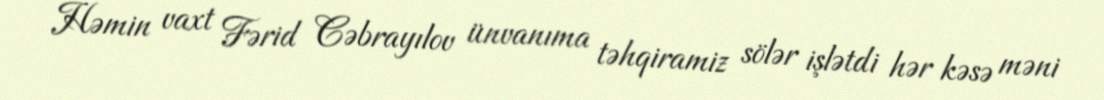
Həmin vaxt Fərid Cəbrayılov ünvanıma təhqiramiz sölər işlətdi hər kəsə məni